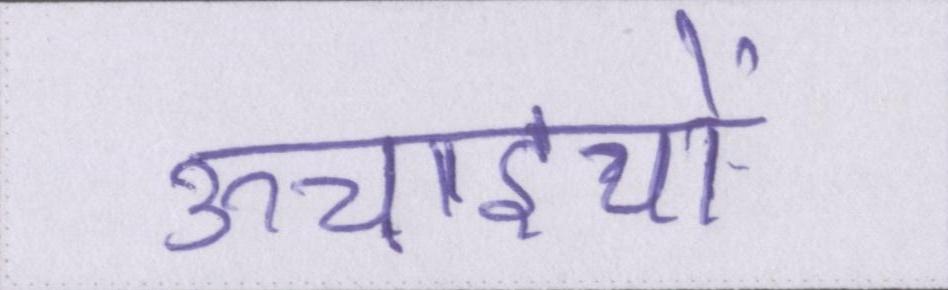
ऊचाइयों